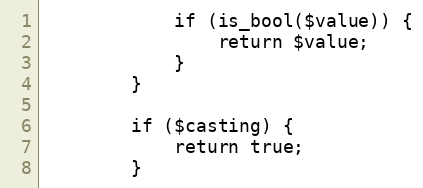
Language: PHP
            if (is_bool($value)) {
                return $value;
            }
        }

        if ($casting) {
            return true;
        }